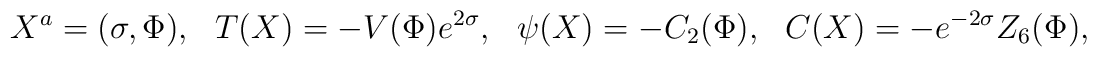
X^a = (\sigma, \Phi), \ \ \ T(X)= - V(\Phi) e^{2\sigma},\ \ \ \psi (X) = -C_2(\Phi), \ \ \ C(X)= -e^{-2 \sigma} Z_6(\Phi),